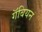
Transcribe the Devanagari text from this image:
गॅबियन